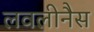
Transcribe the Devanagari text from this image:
लवलीनैस